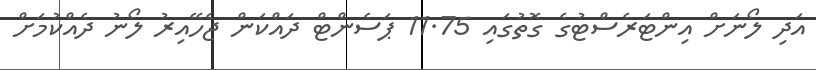
އަދި ލޯނަށް އިންޓަރެސްޓުގެ ގޮތުގައި 11.75 ޕަސެންޓް ދައްކަން ޖެހޭއިރު ލޯނު ދެއްކުމަށް